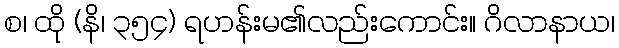
စ၊ ထို (နိ၊ ၃၅၄) ရဟန်းမ၏လည်းကောင်း။ ဂိလာနာယ၊